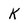
Character: K